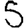
Digit: 5